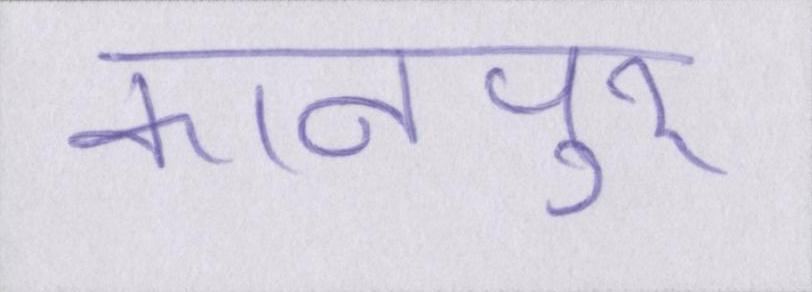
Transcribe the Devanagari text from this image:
कानपुर